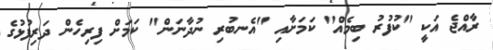
ރާއްޖެ އަކީ "ކުފުރު ބިމެއް" ކަމަށާއި "އެނބުރި ނުދާނަން" ކަމަށް ފިރިހެން ދަރިފުޅުގެ